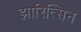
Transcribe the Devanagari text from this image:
झारित्सिन